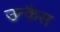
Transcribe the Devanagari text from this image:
उन्कैस